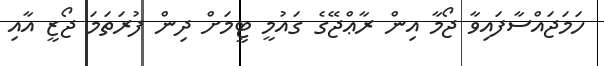
ހަމަޖައްސާފައިވާ ޖޯމާ އިން ރާޢްޖޭގެ ގައުމީ ޓީމަށް ދިން ފުރަތަމަ ޖޯޒީ އާއި